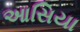
આસિયા